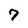
Character: 7